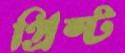
প্রিস্ট